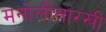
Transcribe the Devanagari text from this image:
मनोलीसारखी